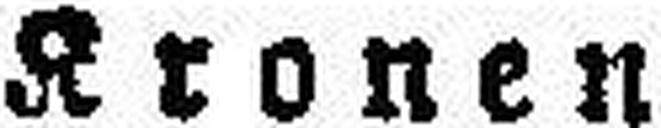
Kronen